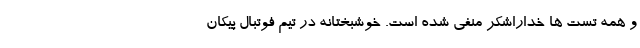
و همه تست ها خداراشکر منفی شده است. خوشبختانه در تیم فوتبال پیکان